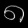
Digit: ၈